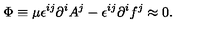
\Phi \equiv \mu \epsilon ^ { i j } \partial ^ { i } A ^ { j } - \epsilon ^ { i j } \partial ^ { i } f ^ { j } \approx 0 .